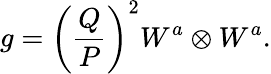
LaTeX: g=\left(\frac{Q}{P}\right)^{2}W^{a}\otimes W^{a}.